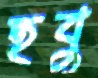
হবু